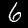
Digit: 6